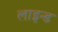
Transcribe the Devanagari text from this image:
लाइन्‍ड